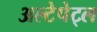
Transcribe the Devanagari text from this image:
अल्टेपेट्ल